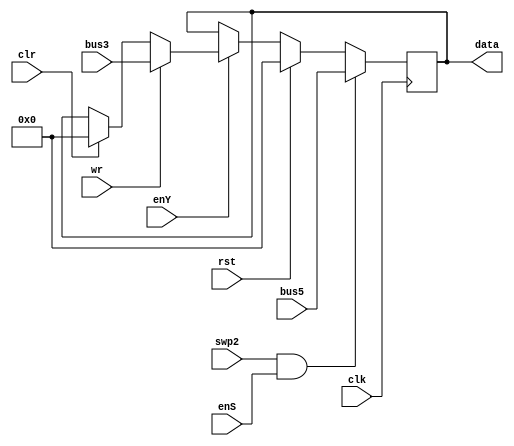
module R_8(wr,rst,clr,enY,enS,swp2,clk,bus3,bus5,data
    );
input wr,enY,enS,rst,clr,swp2;
input clk;
input [7:0] bus5;
//output [7:0] bus4;
input [7:0] bus3;
output reg [7:0] data= 8'b0;

always @ (negedge clk) begin
	if (rst)
	   data<= 8'b0;
		
	else if (enY) begin
	if (wr)
	data <= bus3;
	else if (clr)
	data<= 8'b0; end
	
	//if (enS) begin 
	if (swp2 & enS)
	data<= bus5;
   //end
end 

endmodule